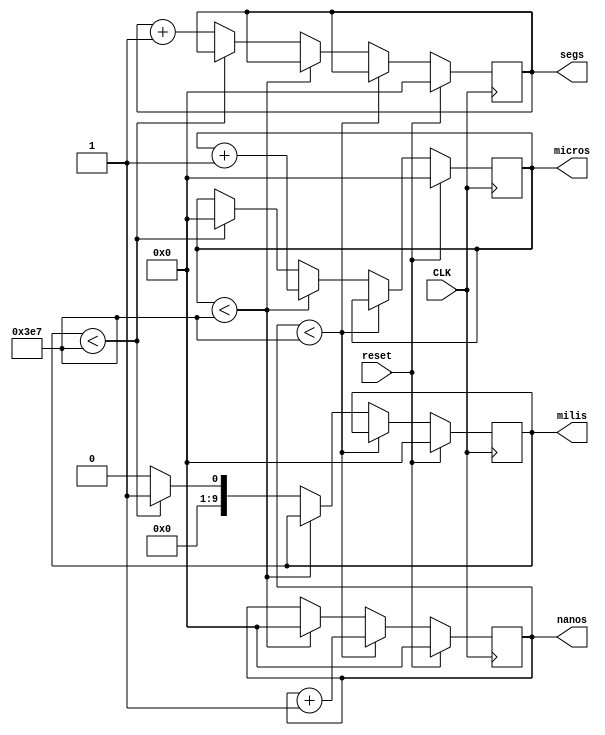
//UNIVERSIDAD DE COSTA RICA
//FACULTAD DE INGENIERIA 
//ESCUELA DE INGENIERIA ELECTRICA

//IE0523 - Circuitos Digitales II
//I - 2017

//Proyecto Final:
//Controlador de puerto USB tipo C

//Estudiantes:
//Luis Diego Fernandez, B22492
//Lennon Nunez, B34943
//Bernardo Ziga, B27445

//Profesor:
//Enrique Coen Alfaro

//14/07/17

//Descripcion:
//modulo contador de tiempos tiene la capacidad de contar nano segundos
//micro segundos, mili segundos y segundos

module timer (CLK, nanos, micros, milis, segs, reset);

//outputs declaration
output reg [9:0] nanos;
output reg [9:0] micros;
output reg [9:0] milis;
output reg [9:0] segs; 

//inputs declaration
input wire CLK;
input wire reset;

always @(posedge CLK) begin
	if (reset) begin
		nanos <= 0;
		micros <= 0;
		milis <= 0;
		segs <= 0;
	end else begin
		if (nanos < 999) begin
			nanos <= nanos + 1;
		end else begin
			if (micros < 999) begin
				nanos <= 0;
				micros <= micros + 1;
			end else begin
				if (milis < 999) begin 
					micros <= 0;
					milis <= + 1;
				end else begin
					milis <= 0;
					segs <= segs + 1;
				end
			end
		end
	end
end //always

endmodule